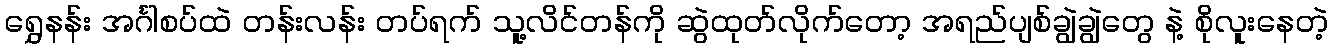
ရွှေနန်း အင်္ဂါစပ်ထဲ တန်းလန်း တပ်ရက် သူ့လိင်တန်ကို ဆွဲထုတ်လိုက်တော့ အရည်ပျစ်ချွဲချွဲတွေ နဲ့ စိုလူးနေတဲ့